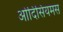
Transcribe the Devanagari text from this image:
ओदिसियमस